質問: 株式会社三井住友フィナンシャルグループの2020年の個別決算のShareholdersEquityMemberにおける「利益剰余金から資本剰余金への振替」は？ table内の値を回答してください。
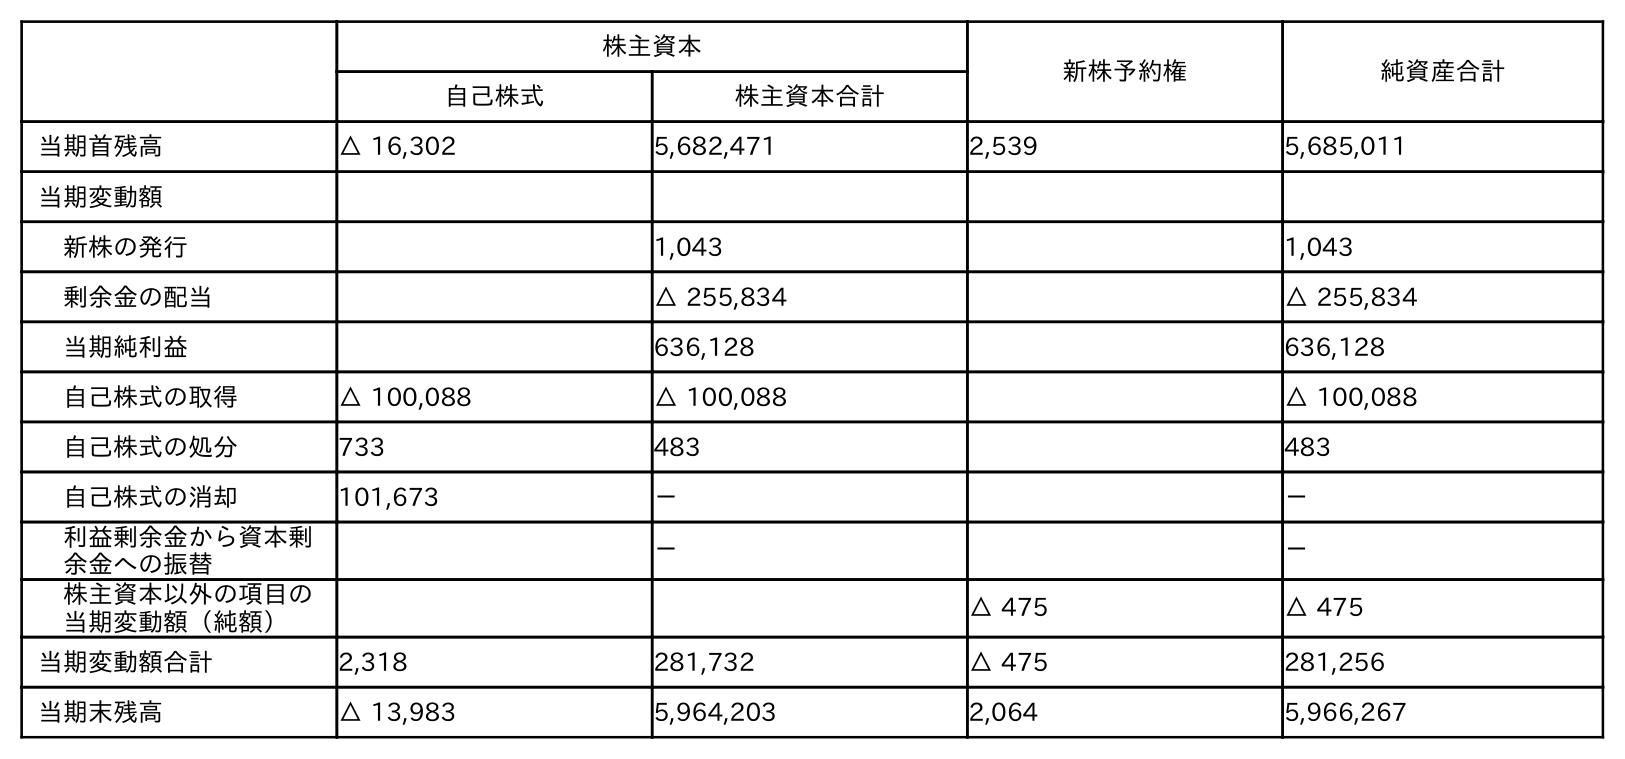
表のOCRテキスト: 株主資本 新株予約権 純資産合計 自己株式 株主資本合計 当期首残高 △ 16,302 5,682,471 2,539 5,685,011 当期変動額 新株の発行 1,043 1,043 剰余金の配当 △ 255,834 △ 255,834 当期純利益 636,128 636,128 自己株式の取得 △ 100,088 △ 100,088 △ 100,088 自己株式の処分 733 483 483 自己株式の消却 101,673 － － 利益剰余金から資本剰 余金への振替 － － 株主資本以外の項目の 当期変動額（純額） △ 475 △ 475 当期変動額合計 2,318 281,732 △ 475 281,256 当期末残高 △ 13,983 5,964,203 2,064 5,966,267
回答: －